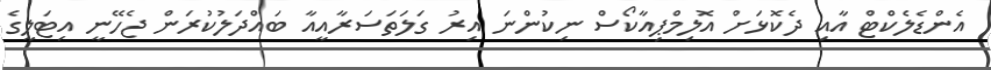
އެންޑެލެކްޓް އާއި ދެކޮޅަށް އޮލިމްޕިއާކޯސް ނިކުންނަ އިރު ގަލަތަސަރާއީއާ ބައްދަލުކުރަން ޖެހޭނީ އިޓަލީގެ